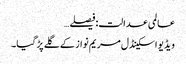
عالمی عدالت:فیصلے…
ویڈیو اسکینڈل مریم نواز کے گلے پڑ گیا۔